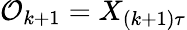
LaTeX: \mathcal{O}_{k+1}=X_{(k+1)\tau}